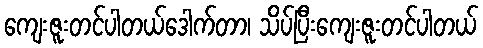
ကျေးဇူးတင်ပါတယ်ဒေါက်တာ၊ သိပ်ပြီးကျေးဇူးတင်ပါတယ်